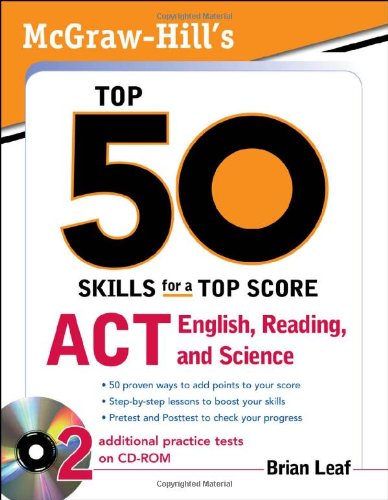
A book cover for McGraw-Hill's Top 50 Skills for a Top Score: ACT English, Reading, and Science; Brian Leaf; Test Preparation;